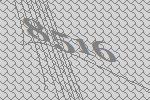
8516